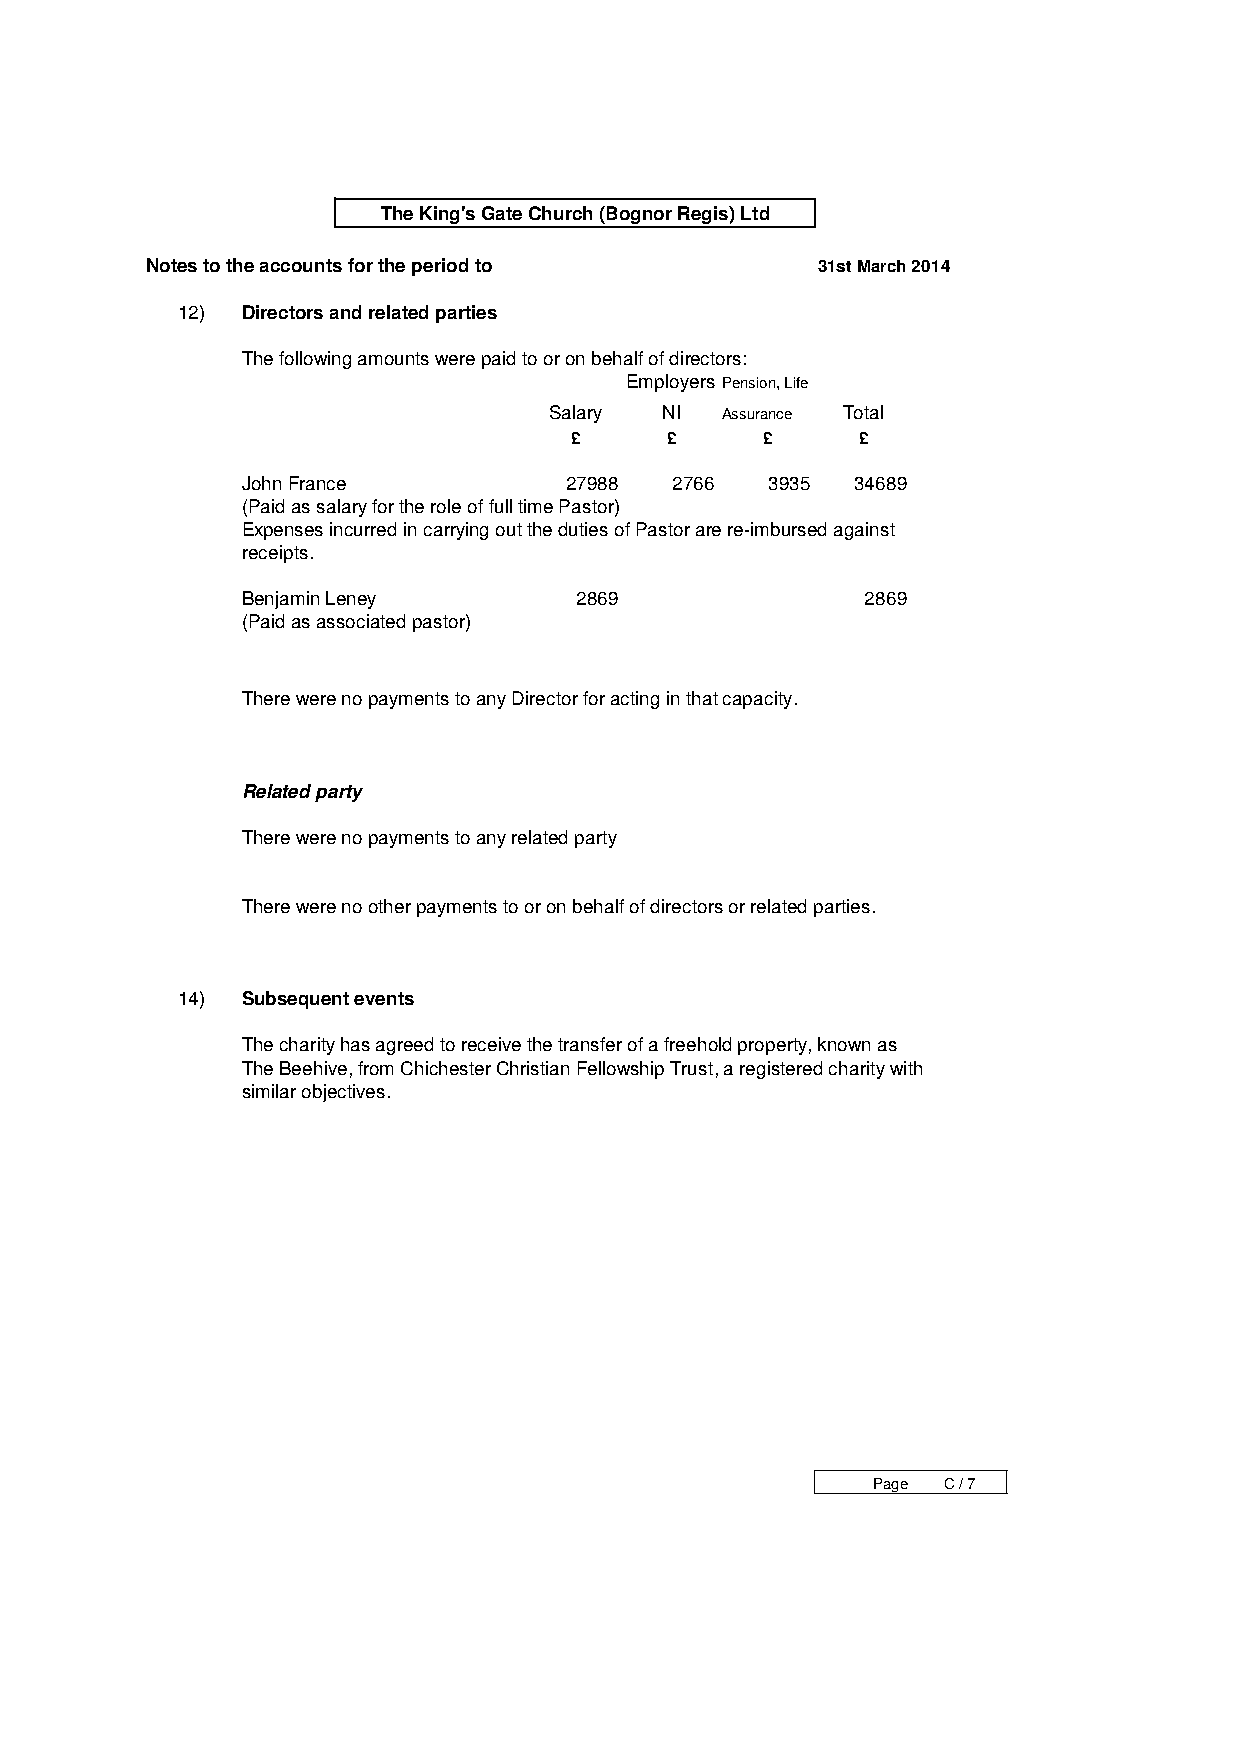
The King's Gate Church (Bognor Regis) Ltd
 Notes to the accounts for the period to     31st March 2014
 12) Directors and related parties
 The following amounts were paid to or on behalf of directors:
 Employers Pension, Life
 Salary  NI  Assurance Total
 £     £     £      £
 John France           27988  2766  3935  34689
 (Paid as salary for the role of full time Pastor)
 Expenses incurred in carrying out the duties of Pastor are re-imbursed against
 receipts.
 Benjamin Leney        2869               2869
 (Paid as associated pastor)
 There were no payments to any Director for acting in that capacity.
 Related party
 There were no payments to any related party
 There were no other payments to or on behalf of directors or related parties.
 14) Subsequent events
 The charity has agreed to receive the transfer of a freehold property, known as
 The Beehive, from Chichester Christian Fellowship Trust, a registered charity with
 similar objectives.
 Page C / 7